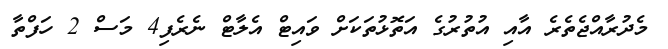
މެދުރާއްޖެތެރެ އާއި އުތުރުގެ އަތޮޅުތަކަށް ވައިޓް އެލާޓް ނެރެފި4 މަސް 2 ހަފްތާ